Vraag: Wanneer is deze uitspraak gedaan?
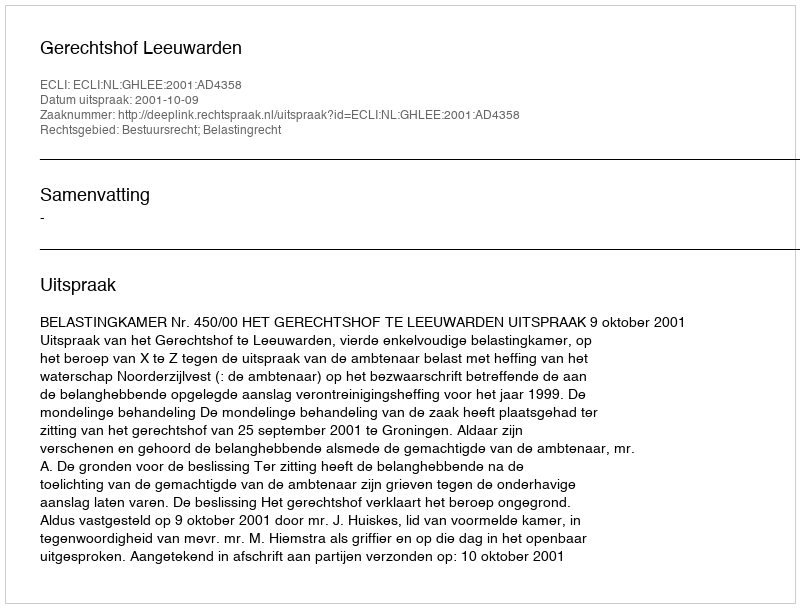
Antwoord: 2001-10-09